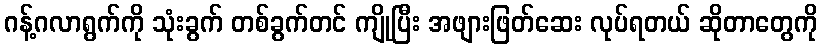
ဂန့်ဂလာရွက်ကို သုံးခွက် တစ်ခွက်တင် ကျိုပြီး အဖျားဖြတ်ဆေး လုပ်ရတယ် ဆိုတာတွေကို